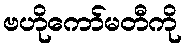
ဗဟိုကော်မတီကို